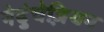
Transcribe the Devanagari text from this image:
नेदुंचेज़ियन